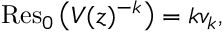
\operatorname { R e s } _ { 0 } { \big ( } V ( z ) ^ { - k } { \big ) } = k v _ { k } ,